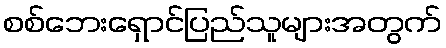
စစ်ဘေးရှောင်ပြည်သူများအတွက်